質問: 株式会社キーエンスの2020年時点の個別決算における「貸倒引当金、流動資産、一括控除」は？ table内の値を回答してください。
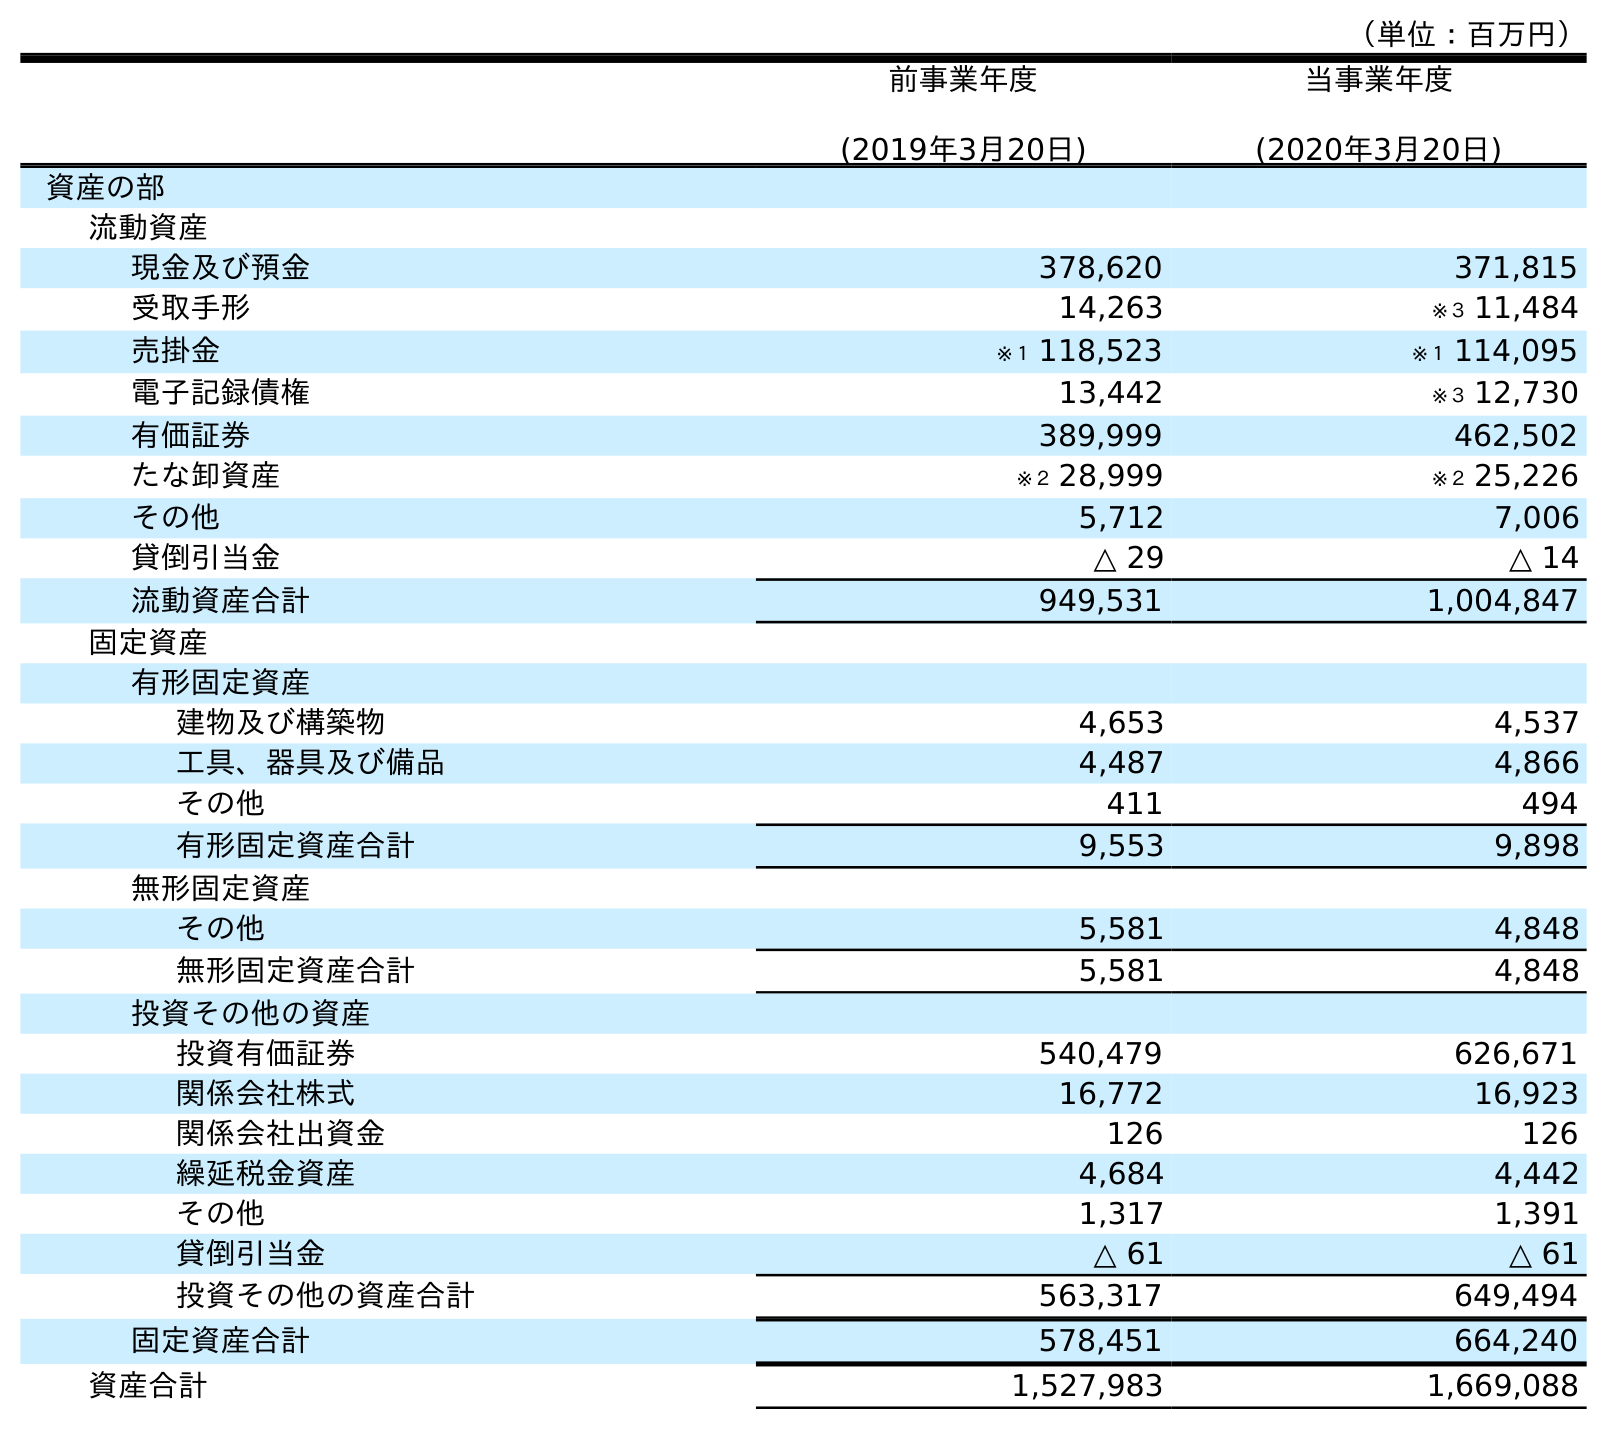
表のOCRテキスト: （単位：百万円） 前事業年度 (2019年3月20日) 当事業年度 (2020年3月20日) 資産の部 流動資産 現金及び預金 378,620 371,815 受取手形 14,263 ※３ 11,484 売掛金 ※１ 118,523 ※１ 114,095 電子記録債権 13,442 ※３ 12,730 有価証券 389,999 462,502 たな卸資産 ※２ 28,999 ※２ 25,226 その他 5,712 7,006 貸倒引当金 △ 29 △ 14 流動資産合計 949,531 1,004,847 固定資産 有形固定資産 建物及び構築物 4,653 4,537 工具、器具及び備品 4,487 4,866 その他 411 494 有形固定資産合計 9,553 9,898 無形固定資産 その他 5,581 4,848 無形固定資産合計 5,581 4,848 投資その他の資産 投資有価証券 540,479 626,671 関係会社株式 16,772 16,923 関係会社出資金 126 126 繰延税金資産 4,684 4,442 その他 1,317 1,391 貸倒引当金 △ 61 △ 61 投資その他の資産合計 563,317 649,494 固定資産合計 578,451 664,240 資産合計 1,527,983 1,669,088
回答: △14